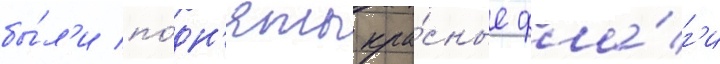
бы́л'и по́дн'яты кра́сные фла́г'и